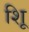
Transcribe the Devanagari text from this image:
शूि